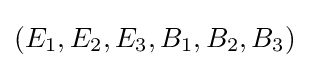
(E_{1},E_{2},E_{3},B_{1},B_{2},B_{3})